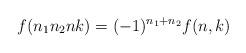
\begin{align*}f(n_1n_2nk)=(-1)^{n_1+n_2}f(n,k)\end{align*}